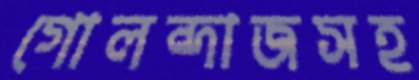
গোলন্দাজসহ